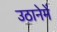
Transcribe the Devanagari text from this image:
उठानेमें